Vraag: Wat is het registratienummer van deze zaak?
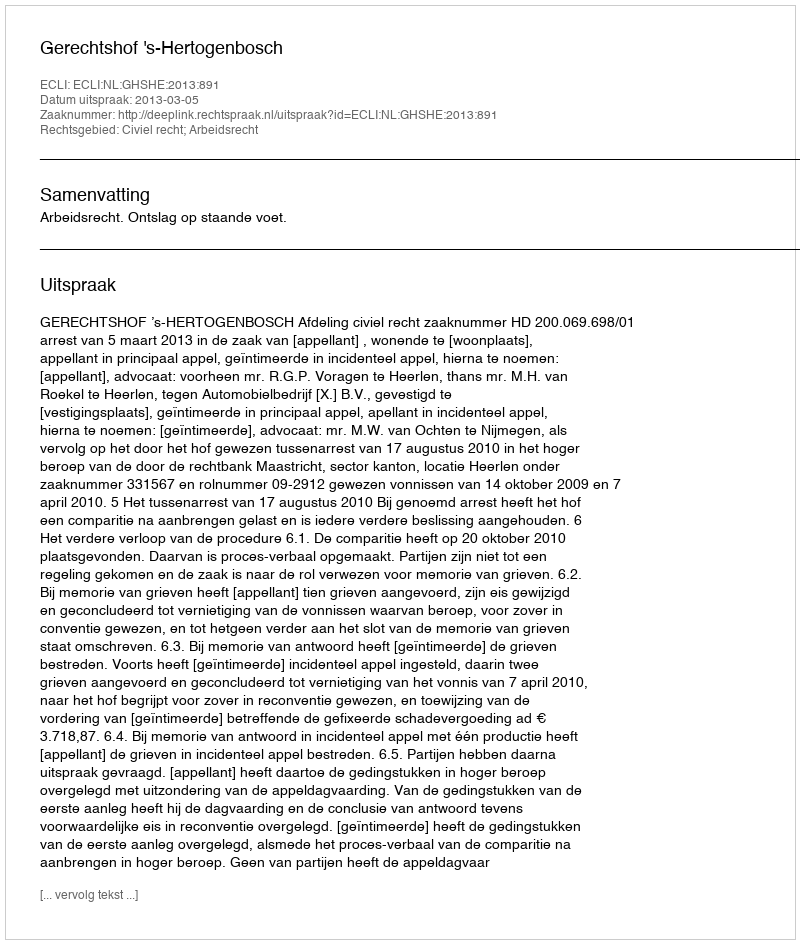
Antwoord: http://deeplink.rechtspraak.nl/uitspraak?id=ECLI:NL:GHSHE:2013:891